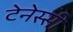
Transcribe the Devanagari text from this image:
टेनेस्सी